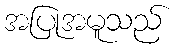
အပြုအမူသည်